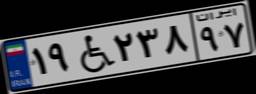
۵۷W۰۵۴۶۰